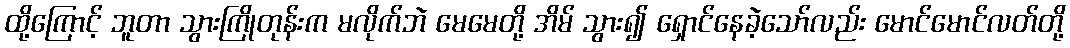
ထို့ကြောင့် ဘူတာ သွားကြိုတုန်းက မလိုက်ဘဲ မေမေတို့ အိမ် သွား၍ ရှောင်နေခဲ့သော်လည်း မောင်မောင်လတ်တို့